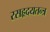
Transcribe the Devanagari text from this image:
रसहृदयतन्त्र